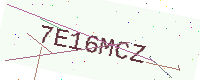
Text: 7E16MCZ